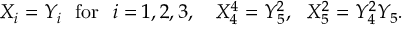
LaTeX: X _ { i } = Y _ { i } \ \ \mathrm { f o r } \ \ i = 1 , 2 , 3 , \ \ \ X _ { 4 } ^ { 4 } = Y _ { 5 } ^ { 2 } , \ \ X _ { 5 } ^ { 2 } = Y _ { 4 } ^ { 2 } Y _ { 5 } .